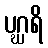
ပဂ္ဃရိ